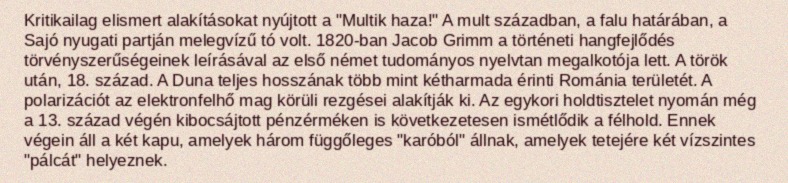
Kritikailag elismert alakításokat nyújtott a "Multik haza!" A mult században, a falu határában, a Sajó nyugati partján melegvízű tó volt. 1820-ban Jacob Grimm a történeti hangfejlődés törvényszerűségeinek leírásával az első német tudományos nyelvtan megalkotója lett. A török után, 18. század. A Duna teljes hosszának több mint kétharmada érinti Románia területét. A polarizációt az elektronfelhő mag körüli rezgései alakítják ki. Az egykori holdtisztelet nyomán még a 13. század végén kibocsájtott pénzérméken is következetesen ismétlődik a félhold. Ennek végein áll a két kapu, amelyek három függőleges "karóból" állnak, amelyek tetejére két vízszintes "pálcát" helyeznek.